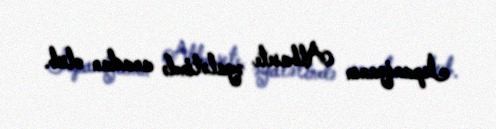
İspaniyanın Albasete əyalətində anadan olub.